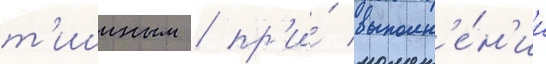
т'ишиным / пр'и́ выполн'е́н'ии